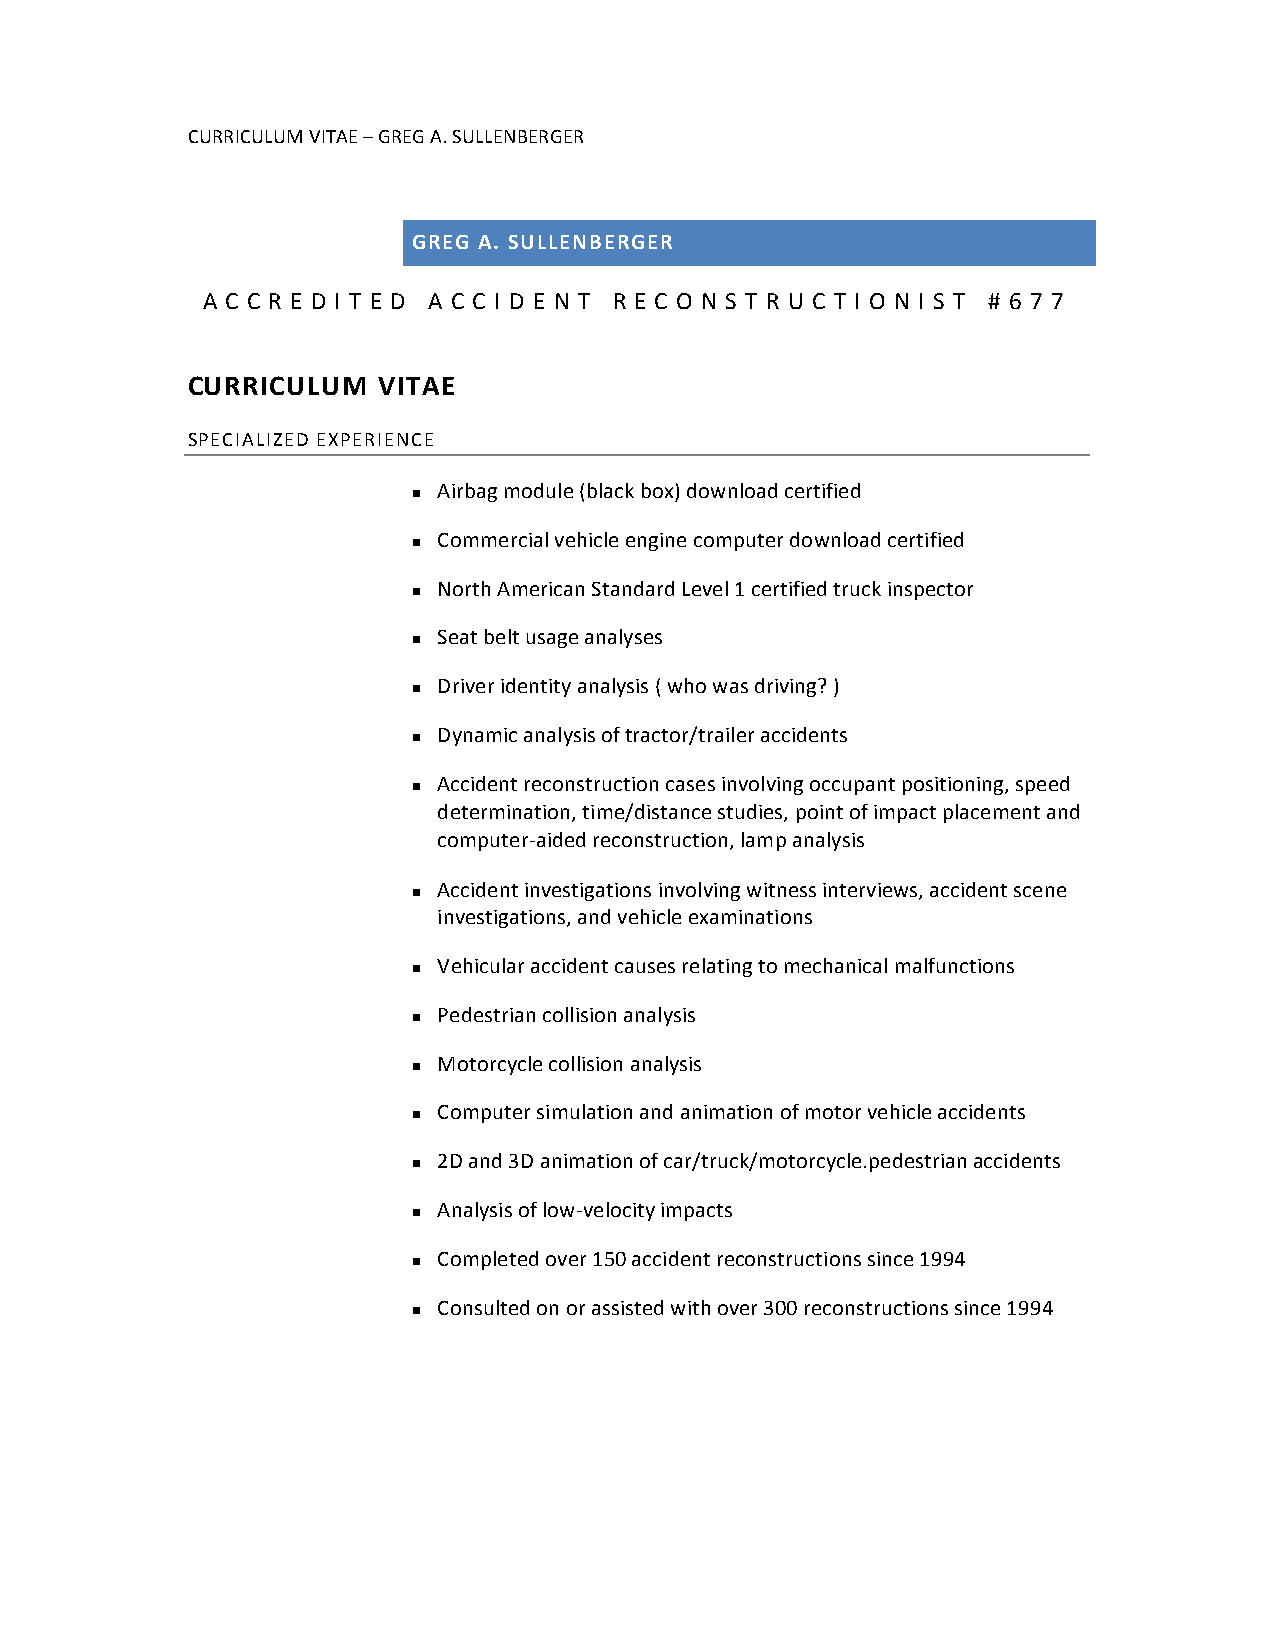
CURRICULUM VITAE – GREG A. SULLENBERGER
 GREG A. SULLENBERGER
 A C C R E D I T E D A C C I D E N T R E C O N S T R U C T I O N I S T # 6 7 7
 CURRICULUM   VITAE
 SPECIALIZED EXPERIENCE
 Airbag module (black box) download certified
 n
 Commercial vehicle engine computer download certified
 n
 North American Standard Level 1 certified truck inspector
 n
 Seat belt usage analyses
 n
 Driver identity analysis ( who was driving? )
 n
 Dynamic analysis of tractor/trailer accidents
 n
 Accident reconstruction cases involving occupant positioning, speed
 n
 determination, time/distance studies, point of impact placement and
 computer-­‐aided reconstruction, lamp analysis
 Accident investigations involving witness interviews, accident scene
 n
 investigations, and vehicle examinations
 Vehicular accident causes relating to mechanical malfunctions
 n
 Pedestrian collision analysis
 n
 Motorcycle collision analysis
 n
 Computer simulation and animation of motor vehicle accidents
 n
 2D and 3D animation of car/truck/motorcycle.pedestrian accidents
 n
 Analysis of low-­‐velocity impacts
 n
 Completed over 150 accident reconstructions since 1994
 n
 Consulted on or assisted with over 300 reconstructions since 1994
 n